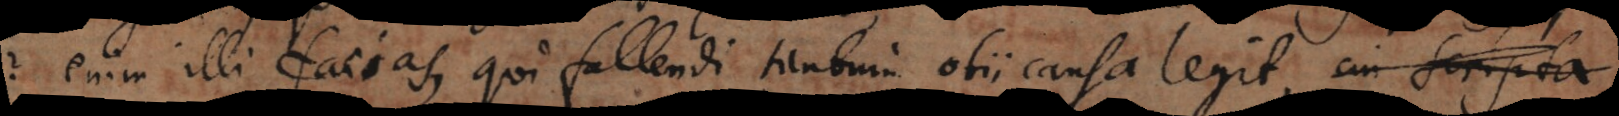
enim illi facias, qui fallendi tantum otii causa legit,